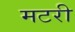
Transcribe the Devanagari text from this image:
मटरी